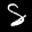
Label: 8